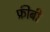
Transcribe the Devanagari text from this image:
फ्रीबी